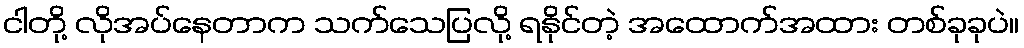
ငါတို့ လိုအပ်နေတာက သက်သေပြလို့ ရနိုင်တဲ့ အထောက်အထား တစ်ခုခုပဲ။